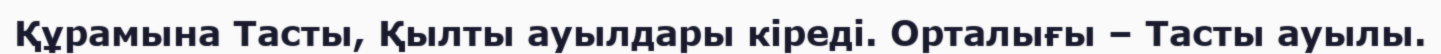
Құрамына Тасты, Қылты ауылдары кіреді. Орталығы – Тасты ауылы.